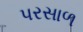
પરસાળ